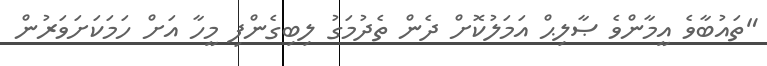
"ތައުބާވެ އީމާންވެ ޞާލިޙް އަމަލުކޮށް ދެން ތެދުމަގު ލިބިގެންފި މީހާ އަށް ހަމަކަށަވަރުން